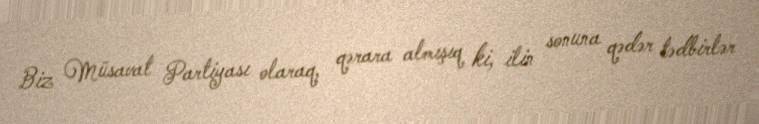
Biz Müsavat Partiyası olaraq, qərara almışıq ki, ilin sonuna qədər tədbirlər